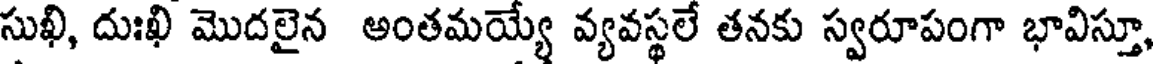
సుఖి, దుఃఖి మొదలైన అంతమయ్యే వ్యవస్థలే తనకు స్వరూపంగా భావిస్తూ,